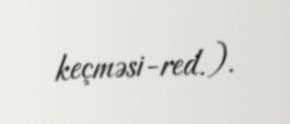
keçməsi-red.).